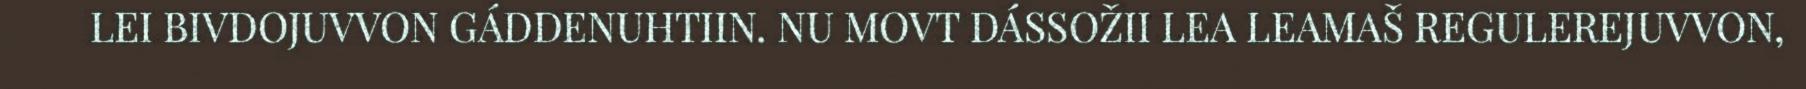
LEI BIVDOJUVVON GÁDDENUHTIIN. NU MOVT DÁSSOŽII LEA LEAMAŠ REGULEREJUVVON,